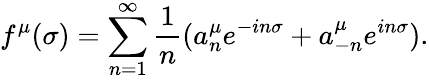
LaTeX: f^{\mu}(\sigma)=\sum_{n=1}^{\infty}\frac{1}{n}(a_{n}^{\mu}e^{-in\sigma}+a_{-n}^{\mu}e^{in\sigma}).